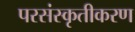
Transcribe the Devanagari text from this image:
परसंस्कृतीकरण